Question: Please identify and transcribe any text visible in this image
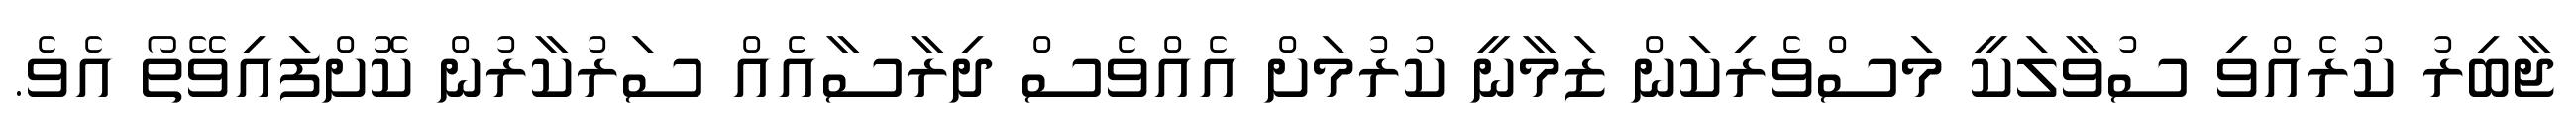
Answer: ޖާބިރު ކުރެއްވި ސުވާލަކީ މަސްވެރިކަން ޒަމާނީ ކުރުމަށް އެއްވެސް ދިރާސާއެއް ސަރުކާރުން ކޮށްފައިވޭތޯ އެވެ.